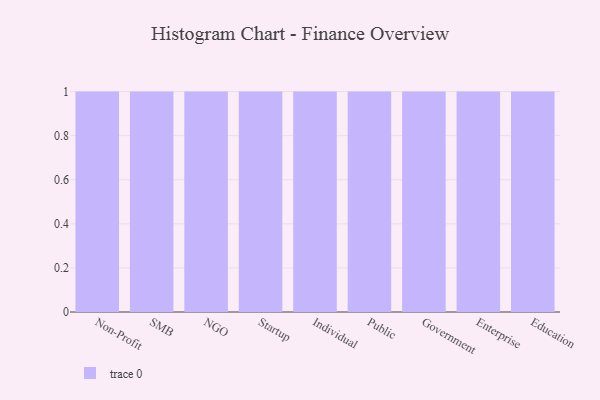
{"axis": {"x": "Segment", "y": "Gross Profit (USD K)"}, "legend": [""], "data": [{"x": "Non-Profit", "y": 61, "type": ""}, {"x": "SMB", "y": 24, "type": ""}, {"x": "NGO", "y": 95, "type": ""}, {"x": "Startup", "y": 14, "type": ""}, {"x": "Individual", "y": 35, "type": ""}, {"x": "Public", "y": 90, "type": ""}, {"x": "Government", "y": 38, "type": ""}, {"x": "Enterprise", "y": 60, "type": ""}, {"x": "Education", "y": 15, "type": ""}]}